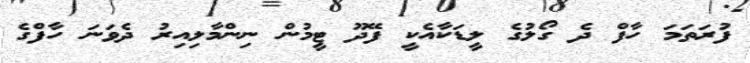
ފުރަތަމަ ހާފް ދެ ގޯލުގެ ލީޑަކާއެކީ ފޭދޫ ޓީމުން ނިންމާލިއިރު ދެވަނަ ހާފްގެ